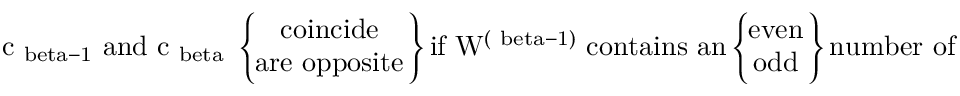
{ \mathrm { ~ c _ { \ b e t a - 1 } ~ a n d ~ c _ { \ b e t a } ~ } } \left\{ \! \! \! \begin{array} { c } { { { \mathrm { c o i n c i d e } } } } \\ { { { \mathrm { a r e ~ o p p o s i t e } } } } \end{array} \! \! \right\} { \mathrm { i f ~ W ^ { ( \ b e t a - 1 ) } ~ c o n t a i n s ~ a n } } \left\{ \! \! \! \begin{array} { c } { { { \mathrm { e v e n } } } } \\ { { { \mathrm { o d d } } } } \end{array} \! \! \right\} { \mathrm { n u m b e r ~ o f ~ f a c t o r s ~ Y ~ , } }